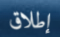
إطلاق